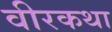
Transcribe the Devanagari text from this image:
वीरकथा